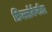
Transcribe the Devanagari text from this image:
फ़िल्लोकेरीडा